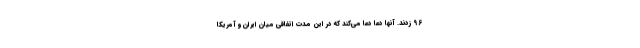
96 زدند. آنها دعا دعا می‌کند که در این مدت اتفاقی میان ایران و آمریکا